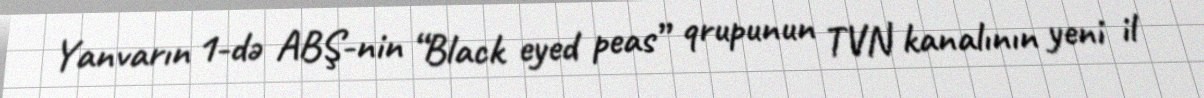
Yanvarın 1-də ABŞ-nin “Black eyed peas” qrupunun TVN kanalının yeni il